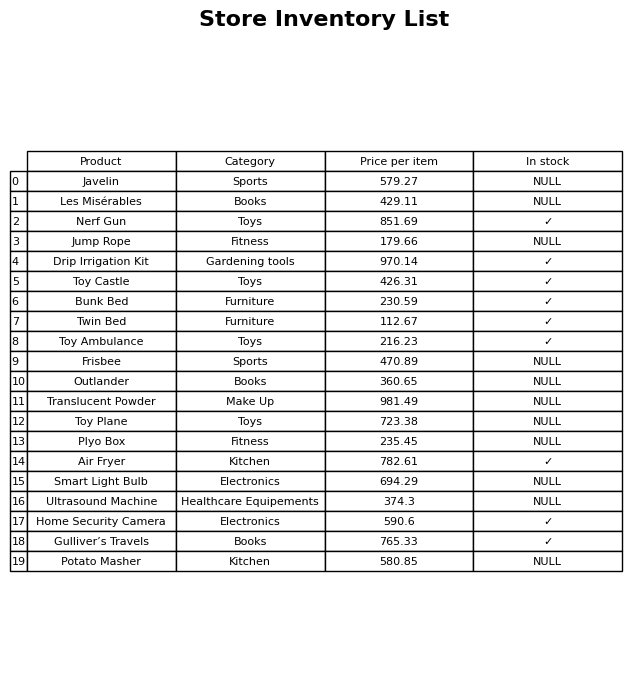
question: What is the price of the Smart Light Bulb?
answer: The price of Smart Light Bulb is 694.29.